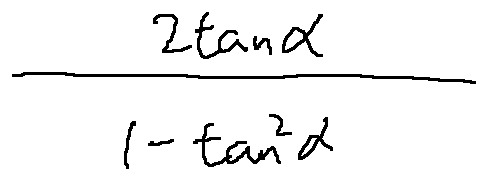
\frac { 2 \tan \alpha } { 1 - \tan ^ { 2 } \alpha }